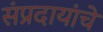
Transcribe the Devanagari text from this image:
संप्रदायांचे